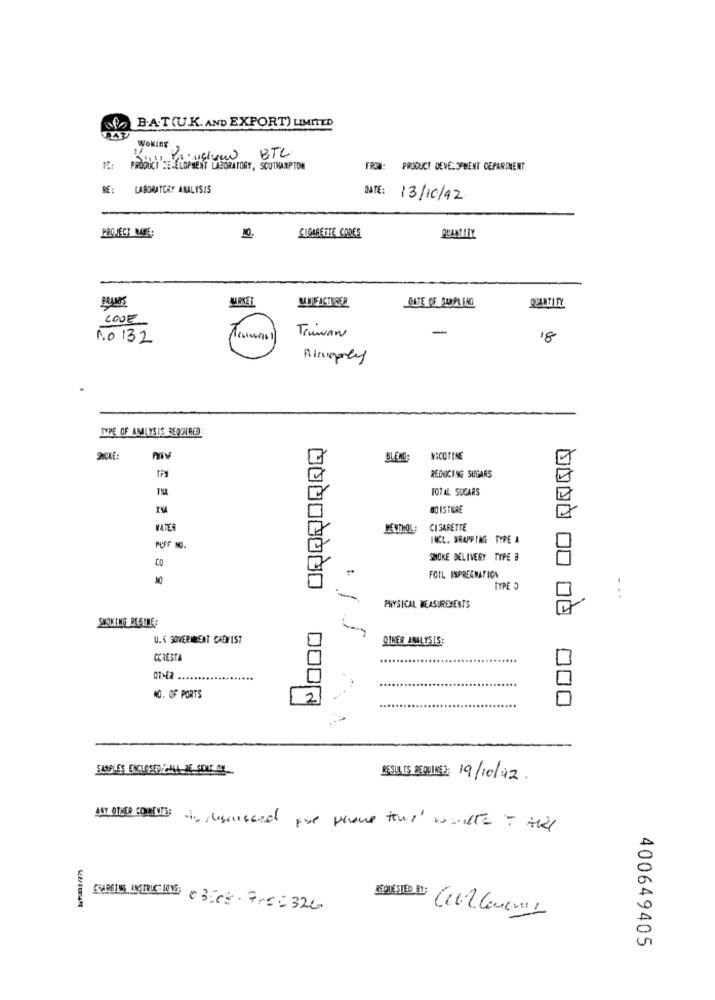
B.A.T (UK. AND EXPORT) LIMITED
Woking
Auchver BTC.
PRODUCT :E-ELOPMENT LABORATORY, SOUTHAMPTON
FROM: PRODUCT DEVELOPMENT DEPARTMENT
RE: LABORATORY ANALYSIS
DATE: 13/10/92.
CIGARETTE CODES
MARKET
QUANTITY
DATE OF SAMPLING
LOVE
Truman
-
No 132
18
IVPE OF ANALYSIS REQUIRED:
SNOKE:
BLECO:
NICOTINE
REGNICING SUGARS
TOTAL SUGARS
MOISTURE
PEUTHOL
CIGARETTE
INCL. WRAPPING TYPE A
PUFF MG.
CO
SMOKE DELIVERY TYPE B
FOIL ISPREEMATION
TYPE D
PHYSICAL MEASUREMENTS
00
SMOKING BESTE:
U.S SOVERMEAT CADYIST
OTHER ANALYSIS
CCRESTA
01-62 ....
....
NO. OF PORTS
DOON
000
SAMPLES ENCLOSED, HALL DE SOU AL-
DESU IS REQUIRED: 19/10/12.
[AB] INSTRUCTIONS: 03-08-7056326
400649405